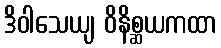
ဒိဝါသေယျ ဝိနိစ္ဆယကထာ